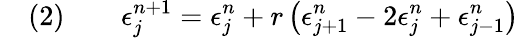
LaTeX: \quad(2)\qquad\epsilon_{j}^{n+1}=\epsilon_{j}^{n}+r\left(\epsilon_{j+1}^{n}-2\epsilon_{j}^{n}+\epsilon_{j-1}^{n}\right)